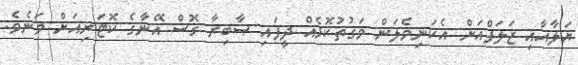
ޔަލާއާއި ޒަލަފްއަށް އެކަނިވެލަން ވަގުތުކޮޅެއް ދީފައި ޞާބިރާ ގޮސް އޭނާގެ ކޮޓަރިއަށް ވަނެވެ.